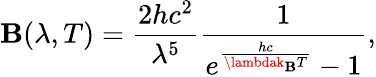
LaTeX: \mathbf{B}(\lambda,T)={\frac{{2hc^{2}}}{{\lambda^{5}}}}{\frac{{1}}{{e^{\frac{{hc}}{{\lambdak_{\mathrm{{\mathbf{B}}}}T}}}-1}}},